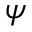
\psi